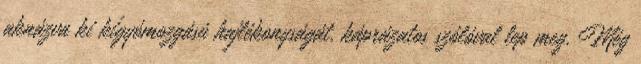
aknázva ki kígyómozgású hajlékonyságát, káprázatos szólóval lep meg. Még